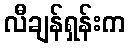
လီချန်ရှန်းက